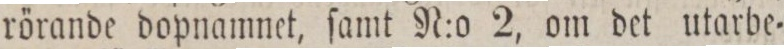
rörande dopnamnet, ſamt N:o 2, om det utarbe=